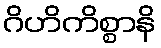
ဂိဟိကိစ္စာနိ